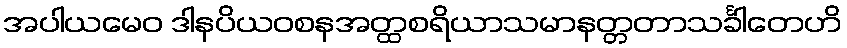
အပါယမေဝ ဒါနပိယဝစနအတ္ထစရိယာသမာနတ္တတာသင်္ခါတေဟိ